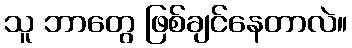
သူ ဘာတွေ ဖြစ်ချင်နေတာလဲ။